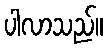
ပါလာသည်။